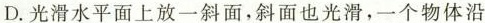
D.光滑水平面上放一斜面，斜面也光滑，一个物体沿